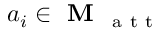
a _ { i } \in \textbf { M } _ { \mathrm { ~ a ~ t ~ t ~ } }